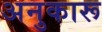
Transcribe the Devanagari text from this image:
अनुकारू